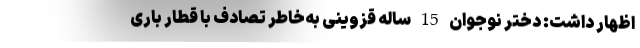
اظهار داشت:‌ دختر نوجوان 15 ساله قزوینی به‌خاطر تصادف با قطار باری